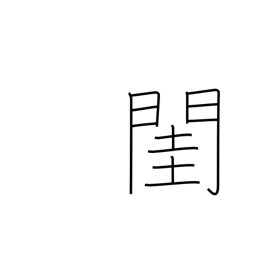
Meaning: bedroom